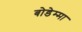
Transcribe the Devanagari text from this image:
बोडेम्मा